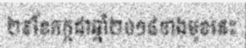
២៩ខែកក្កដាឆ្នាំ២០១៨ខាងមុខនេះ